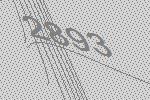
2893